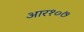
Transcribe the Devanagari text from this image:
आर१०७